Note on elephants in Burma, with a description of their equipment
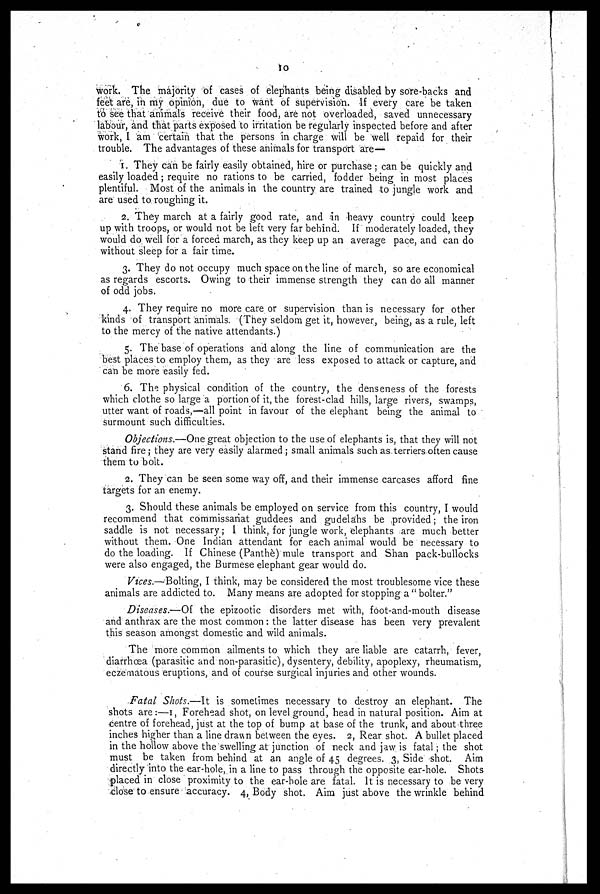
10
work. The majority of cases of elephants being disabled by sore-backs and
feet are, in my opinion, due to want of supervision. If every care be taken
to see that animals receive their food, are not overloaded, saved unnecessary
labour, and that parts exposed to irritation be regularly inspected before and after
work, I am certain that the persons in charge will be well repaid for their
trouble. The advantages of these animals for transport are—
1 They can be fairly easily obtained, hire or purchase ; can be quickly and
easily loaded; require no rations to be carried, fodder being in most places
plentiful. Most of the animals in the country are trained to jungle work and
are used to roughing it.
2. They march at a fairly good rate, and in heavy country could keep
up with troops, or would not be left very far behind. If moderately loaded, they
would do well for a forced march, as they keep up an average pace, and can do
without sleep for a fair time.
3. They do not occupy much space on the line of march, so are economical
as regards escorts. Owing to their immense strength they can do all manner
of odd jobs.
4. They require no more care or supervision than is necessary for other
kinds of transport animals. (They seldom get it, however, being, as a rule, left
to the mercy of the native attendants.)
5. The base of operations and along the line of communication are the
best places to employ them, as they are less exposed to attack or capture, and
can be more easily fed.
6. The physical condition of the country, the denseness of the forests
which clothe so large a portion of it, the forest-clad hills, large rivers, swamps,
utter want of roads,—all point in favour of the elephant being the animal to
surmount such difficulties.
Objections.—One great objection to the use of elephants is, that they will not
stand fire; they are very easily alarmed; small animals such as. terriers often cause
them to bolt.
2. They can be seen some way off, and their immense carcases afford fine
targets for an enemy.
3. Should these animals be employed on service from this country, I would
recommend that commissariat guddees and gudelahs be provided; the iron
saddle is not necessary; 1 think, for jungle work, elephants are much better
without them. One Indian attendant for each animal would be necessary to
do the loading. If Chinese (Panthè) mule transport and Shan pack-bullocks
were also engaged, the Burmese elephant gear would do.
Vices.—Bolting, I think, may be considered the most troublesome vice these
animals are addicted to. Many means are adopted for stopping a " bolter."
Diseases.—Of the epizootic disorders met with, foot-and-mouth disease
and anthrax are the most common : the latter disease has been very prevalent
this season amongst domestic and wild animals.
The more common ailments to which they are liable are catarrh, fever,
diarrhœa (parasitic and non-parasitic), dysentery, debility, apoplexy, rheumatism,
eczematous eruptions, and of course surgical injuries and other wounds.
Fatal Shots.—It is sometimes necessary to destroy an elephant. The
shots are:—1, Forehead shot, on level ground, head in natural position. Aim at
centre of forehead, just at the top of bump at base of the trunk, and about three
inches higher than a line drawn between the eyes. 2, Rear shot. A bullet placed
in the hollow above the swelling at junction of neck and jaw is fatal ; the shot
must be taken from behind at an angle of 45 degrees. 3, Side shot. Aim
directly into the ear-hole, in a line to pass through the opposite ear-hole. Shots
placed in close proximity to the ear-hole are fatal. It is necessary to be very
close to ensure accuracy. 4, Body shot. Aim just above the wrinkle behind